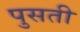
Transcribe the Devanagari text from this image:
पुसती